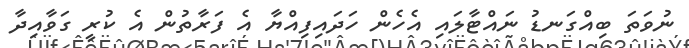
ނުވަތަ ބިއްގަނޑު ނައްޓާލައި އެހެން ހަދައިފިއްޔާ އެ ފަރާތުން އެ ކުރީ ގަވާއިދާ